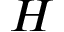
H